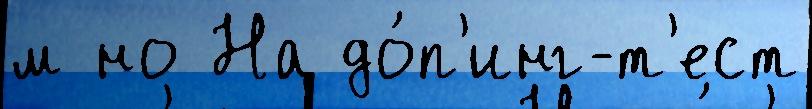
м но На до́п'инг-т'ест